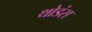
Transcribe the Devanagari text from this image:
थोडंस